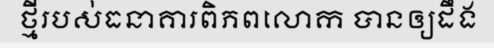
ថ្មីរបស់ធនាគារពិភពលោក បានឲ្យដឹង